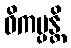
ဝိကမ္ပန္တိ